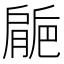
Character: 𱼘